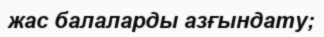
жас балаларды азғындату;